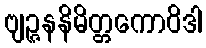
ဗျဉ္ဇနနိမိတ္တကောဝိဒါ